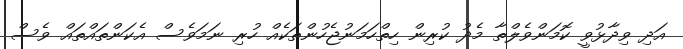
އަދި ވިދާޅުވީ ކޮމަންވެލްތާ މެދު ކުރިން ހިތްހަމަނުޖެހުންތަކެއް ހުރި ނަމަވެސް އެކަންތައްތައް ވެސް